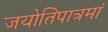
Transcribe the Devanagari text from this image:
जयोतिपात्रमां